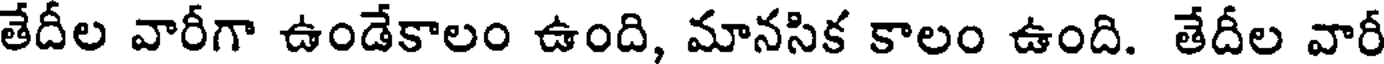
తేదీల వారీగా ఉండేకాలం ఉంది, మానసిక కాలం ఉంది. తేదీల వారీ